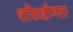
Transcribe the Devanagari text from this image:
शक्तिक्षीणता